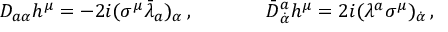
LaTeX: \begin{array} { c c } { { D _ { a \alpha } h ^ { \mu } = - 2 i ( \sigma ^ { \mu } \bar { \lambda } _ { a } ) _ { \alpha } \, , ~ ~ ~ ~ } } & { { ~ ~ ~ ~ \bar { D } { } _ { \dot { \alpha } } ^ { a } h ^ { \mu } = 2 i ( \lambda ^ { a } \sigma ^ { \mu } ) _ { \dot { \alpha } } \, , } } \end{array}